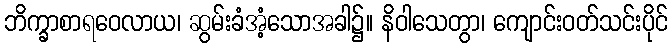
ဘိက္ခာစာရဝေလာယ၊ ဆွမ်းခံအံ့သောအခါ၌။ နိဝါသေတွာ၊ ကျောင်းဝတ်သင်းပိုင်